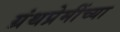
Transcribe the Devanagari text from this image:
ग्रंथप्रेमींच्या